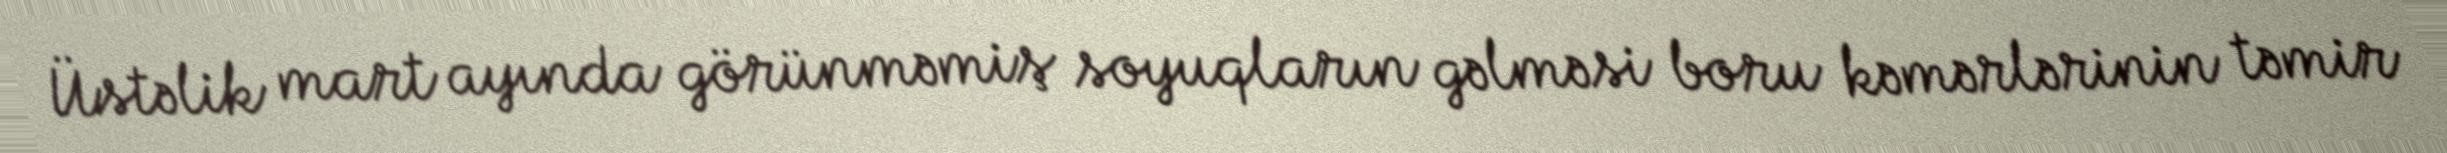
Üstəlik mart ayında görünməmiş soyuqların gəlməsi boru kəmərlərinin təmir